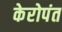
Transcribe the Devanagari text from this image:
केरोपंत